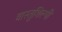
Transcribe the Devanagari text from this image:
वास्‍तुशिल्‍पी